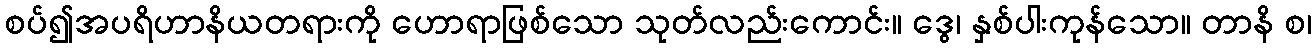
စပ်၍အပရိဟာနိယတရားကို ဟောရာဖြစ်သော သုတ်လည်းကောင်း။ ဒွေ၊ နှစ်ပါးကုန်သော။ တာနိ စ၊